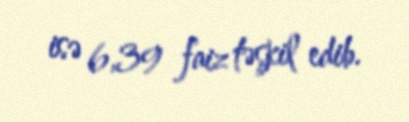
isə 6,39 faiz təşkil edib.